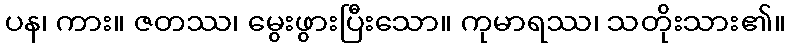
ပန၊ ကား။ ဇတဿ၊ မွေးဖွားပြီးသော။ ကုမာရဿ၊ သတိုးသား၏။